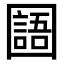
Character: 𡈰